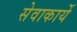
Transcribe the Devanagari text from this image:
सेवाकार्ये